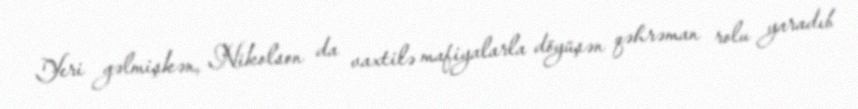
Yeri gəlmişkən, Nikolson da vaxtilə mafiyalarla döyüşən qəhrəman rolu yaradıb